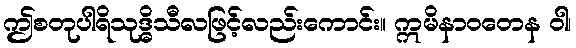
ဤစတုပါရိသုဒ္ဓိသီလဖြင့်လည်းကောင်း။ ဣမိနာဝတေန ဝါ၊